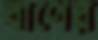
বাণের